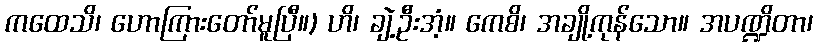
ကထေသိ၊ ဟောကြားတော်မူပြီ။) ဟိ၊ ချဲ့ဦးအံ့။ ကေစိ၊ အချို့ကုန်သော။ အပဏ္ဍိတာ၊